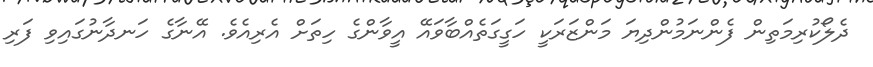
ދެލޯކުރިމަތިން ފެންނަމުންދިޔަ މަންޒަރަކީ ހަގީގަތެއްބާވައޭ އީވާންގެ ހިތަށް އެރިއެވެ. އޭނާގެ ހަނދާނުގައިވި ފަރި